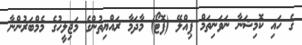
ގެ ހައި ކޮމިޝަނާ ނަވަނިތަމް ޕިއްލޭ (ފޮޓޯ) މާދަމާ ރައްޔިތުންގެ މަޖިލީހުގެ މެމްބަރުންނާ